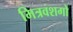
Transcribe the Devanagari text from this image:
मित्रवशगो